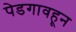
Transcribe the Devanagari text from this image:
पेडगावहून